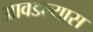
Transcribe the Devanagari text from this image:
आवडल्यास